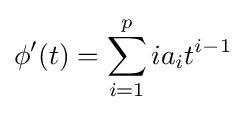
\phi '(t)=\sum _{i=1}^{p}ia_{i}t^{i-1}